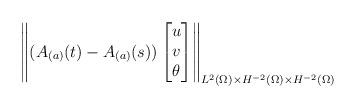
LaTeX: \begin{align*}\left\|(A_{(a)}(t)-A_{(a)}(s)) \begin{bmatrix} u\\ v \\ \theta \end{bmatrix}\right\|_{L^2(\Omega)\times H^{-2}(\Omega)\times H^{-2}(\Omega)}\end{align*}